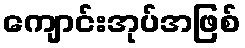
ကျောင်းအုပ်အဖြစ်